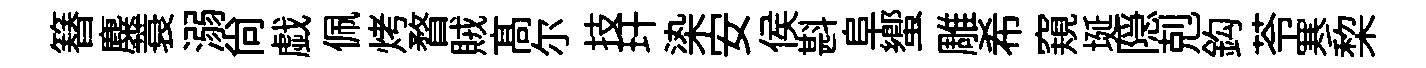
簮麋蓑溺尚戯佩烤瞀賊髙尔技玕𣑱安侯斟阜蠁雕希窺埏隠剋鈎苓寒棃